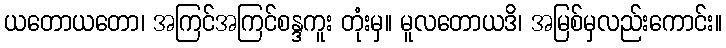
ယတောယတော၊ အကြင်အကြင်စန္ဒကူး တုံးမှ။ မူလတောယဒိ၊ အမြစ်မှလည်းကောင်း။